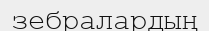
зебралардың